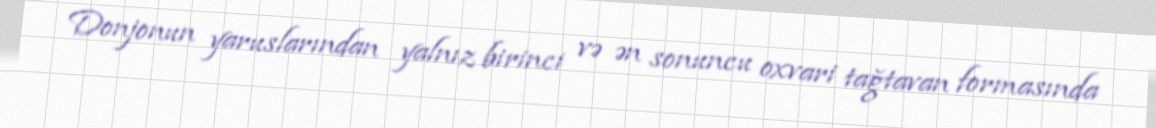
Donjonun yaruslarından yalnız birinci və ən sonuncu oxvari tağtavan formasında